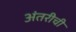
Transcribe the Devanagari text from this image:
अंतरीची